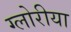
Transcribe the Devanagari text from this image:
ग्लोरीया